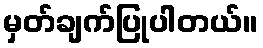
မှတ်ချက်ပြုပါတယ်။